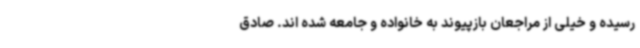
رسیده و خیلی از مراجعان بازپیوند به خانواده و جامعه شده اند. صادق